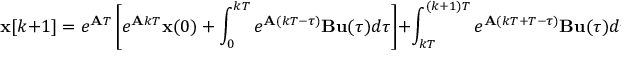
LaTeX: \mathbf { x } [ k + 1 ] = e ^ { \mathbf { A } T } \left[ e ^ { \mathbf { A } k T } \mathbf { x } ( 0 ) + \int _ { 0 } ^ { k T } e ^ { \mathbf { A } ( k T - \tau ) } \mathbf { B } \mathbf { u } ( \tau ) d \tau \right] + \int _ { k T } ^ { ( k + 1 ) T } e ^ { \mathbf { A } ( k T + T - \tau ) } \mathbf { B } \mathbf { u } ( \tau ) d \tau